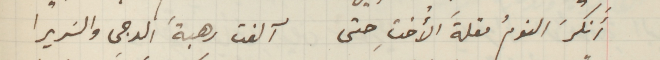
أنكرَ النومُ مقلةَ الأُختِ حتى آلفت رهبةَ الدجى والسَريرا